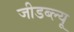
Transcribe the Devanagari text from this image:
जीडब्ल्यू